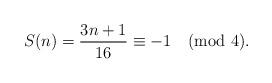
LaTeX: \begin{align*}S(n) = \frac{3n+1}{16} \equiv -1 \pmod{4}.\end{align*}